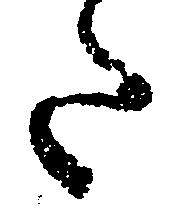
た